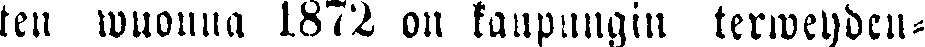
ten wuonna 1872 on kaupungin terweyden-